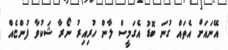
އޭނައަށް އެތައް ގުނަ ބޮޑު އެގަމީސް ލާން ހުރިއިރު ނޯރާ ޝަކުވާ ފުންޏެއް